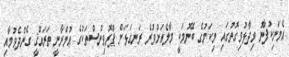
އެމަނިކުފާނު ވިދާޅުވިގޮތުގައި މިކަމުގެ ބޭނުމަކީ މާލެއަށްވުރެ ރަނގަޅަށް ޕްރޮވިންސްތަކުގެ ޢުމްރާނީ ތަރައްޤީ ގެންދެވުމާއި